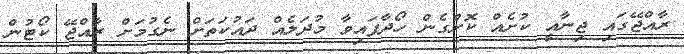
ރާއްޖޭގައި ޖިނާއީ ކުށެއް ކޮށްގެން ހޯދާފައިވާ މުދަލެއް ދައުކަތަށް ނެގުމަށް ރާއްޖޭ ކޯޓުން